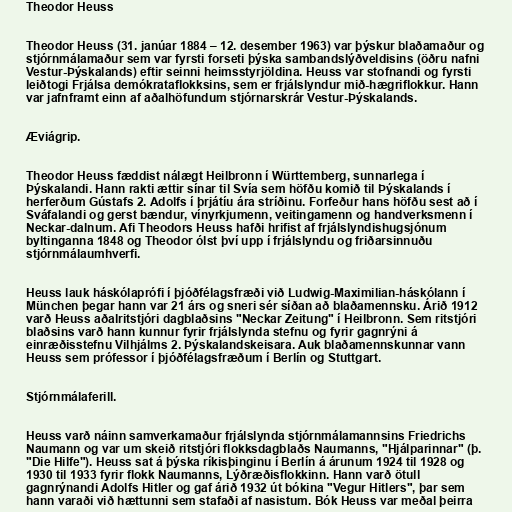
Theodor Heuss

Theodor Heuss (31. janúar 1884 – 12. desember 1963) var þýskur blaðamaður og
stjórnmálamaður sem var fyrsti forseti þýska sambandslýðveldisins (öðru nafni
Vestur-Þýskalands) eftir seinni heimsstyrjöldina. Heuss var stofnandi og fyrsti
leiðtogi Frjálsa demókrataflokksins, sem er frjálslyndur mið-hægriflokkur. Hann
var jafnframt einn af aðalhöfundum stjórnarskrár Vestur-Þýskalands.

Æviágrip.

Theodor Heuss fæddist nálægt Heilbronn í Württemberg, sunnarlega í
Þýskalandi. Hann rakti ættir sínar til Svía sem höfðu komið til Þýskalands í
herferðum Gústafs 2. Adolfs í þrjátíu ára stríðinu. Forfeður hans höfðu sest að í
Sváfalandi og gerst bændur, vínyrkjumenn, veitingamenn og handverksmenn í
Neckar-dalnum. Afi Theodors Heuss hafði hrifist af frjálslyndishugsjónum
byltinganna 1848 og Theodor ólst því upp í frjálslyndu og friðarsinnuðu
stjórnmálaumhverfi.

Heuss lauk háskólaprófi í þjóðfélagsfræði við Ludwig-Maximilian-háskólann í
München þegar hann var 21 árs og sneri sér síðan að blaðamennsku. Árið 1912
varð Heuss aðalritstjóri dagblaðsins "Neckar Zeitung" í Heilbronn. Sem ritstjóri
blaðsins varð hann kunnur fyrir frjálslynda stefnu og fyrir gagnrýni á
einræðisstefnu Vilhjálms 2. Þýskalandskeisara. Auk blaðamennskunnar vann
Heuss sem prófessor í þjóðfélagsfræðum í Berlín og Stuttgart.

Stjórnmálaferill.

Heuss varð náinn samverkamaður frjálslynda stjórnmálamannsins Friedrichs
Naumann og var um skeið ritstjóri flokksdagblaðs Naumanns, "Hjálparinnar" (þ.
"Die Hilfe"). Heuss sat á þýska ríkisþinginu í Berlín á árunum 1924 til 1928 og
1930 til 1933 fyrir flokk Naumanns, Lýðræðisflokkinn. Hann varð ötull
gagnrýnandi Adolfs Hitler og gaf árið 1932 út bókina "Vegur Hitlers", þar sem
hann varaði við hættunni sem stafaði af nasistum. Bók Heuss var meðal þeirra